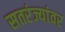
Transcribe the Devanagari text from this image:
सतरंज्यांवर